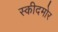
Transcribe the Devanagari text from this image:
स्कीदमोर